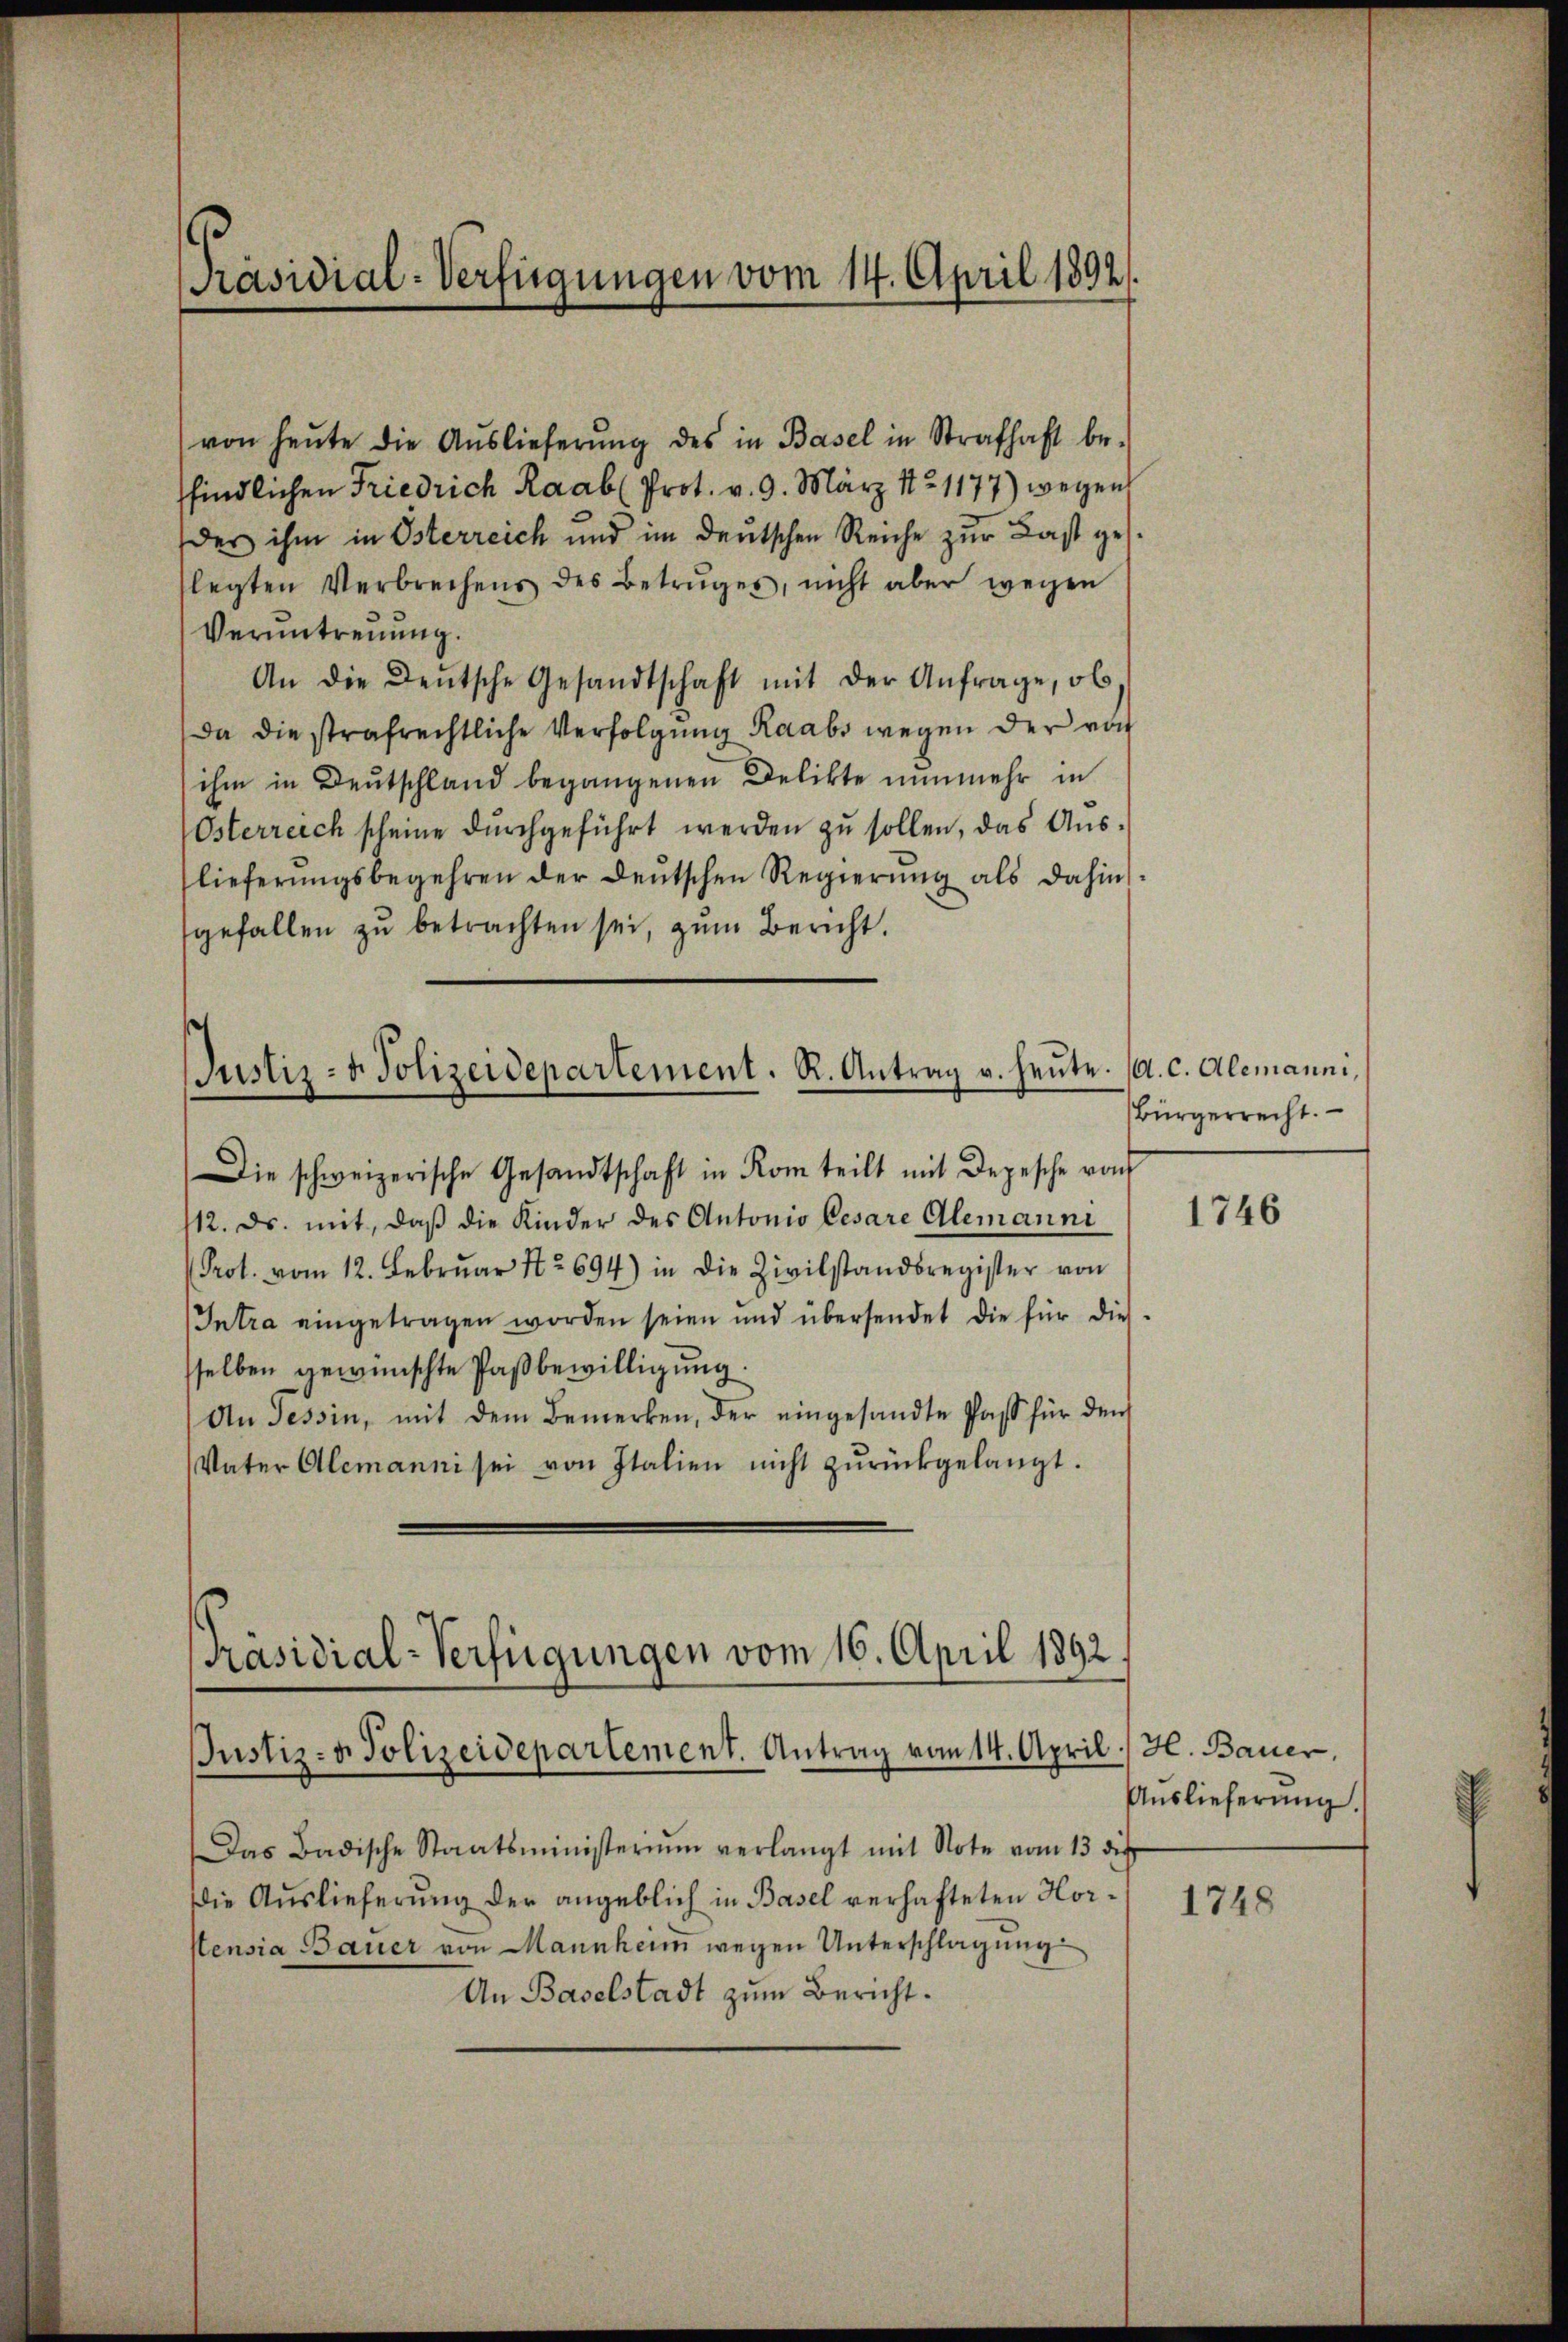
Präsidial-Verfügungen vom 14. April 1892.

von heŭte die Aŭslieferŭng des in Basel in Strafhaft be-
ffindlichen Friedrich Raab Prot. v. 9. März 1821177) wegen
des ihm in Österreich und im deutschen Reiche zur Last geslegten Verbrechens des Betruges, nicht aber wegen
Veruntrennung.
An die Deutsche Gesandtschaft mit der Anfrage, ob
Da die strafrechtliche Verfolgung Raabs wegen der von
ihm in Deutschland begangenen Delikte nunmehr in
Österreich scheine dŭrchgeführt werden zu sollen, das Aus-
lieferŭngsbegehren der deŭtschen Regierŭng als dahin-
gefallen zŭ betrachten sei, zum Bericht.

Justiz- & Polizeidepartement. R. Antrag v. heŭte.

Präsidial-Verfügungen vom 16. April 1892.

Die schweizerische Gesandtschaft in Rom teilt mit Depesche vo
112. ds. mit, daß die Kinder des Antonio Cesare Alemanni
 Prot. vom 12. Febrŭar No 694) in die Zivilstandsregister von
Intra eingetragen worden seien und übersendet die für dies
selben gewünschte Paßbewilligung
An Tessin, mit dem Bemerken, der eingesandte Pass für den
Vater Alemanni sei von Italien nicht zŭrückgelangt.

Justiz- & Polizeidepartement. Antrag vom 14. April
Das Badische Staatsministerium verlangt mit Note vom 13. die
Die Auslieferung der angeblich in Basel verhafteten Horstensia Bauer von Mannheim wegen Unterschlagung
An Baselstadt zum Bericht.

A. c. Alemanni,
Bürgerrecht.

1746

H. Bauer.
Auslieferung.

1748